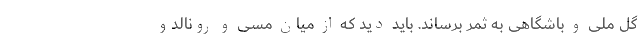
گل ملی و باشگاهی به ثمر برساند. باید دید که از میان مسی و رونالدو